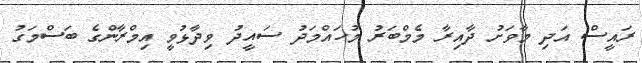
ރައީސް އަދި މާވަށު ދާއިރާ މެމްބަރު މުހައްމަދު ސައީދު ވިދާޅުވީ އިމްރާންގެ ބަސްމަގު